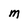
Character: m